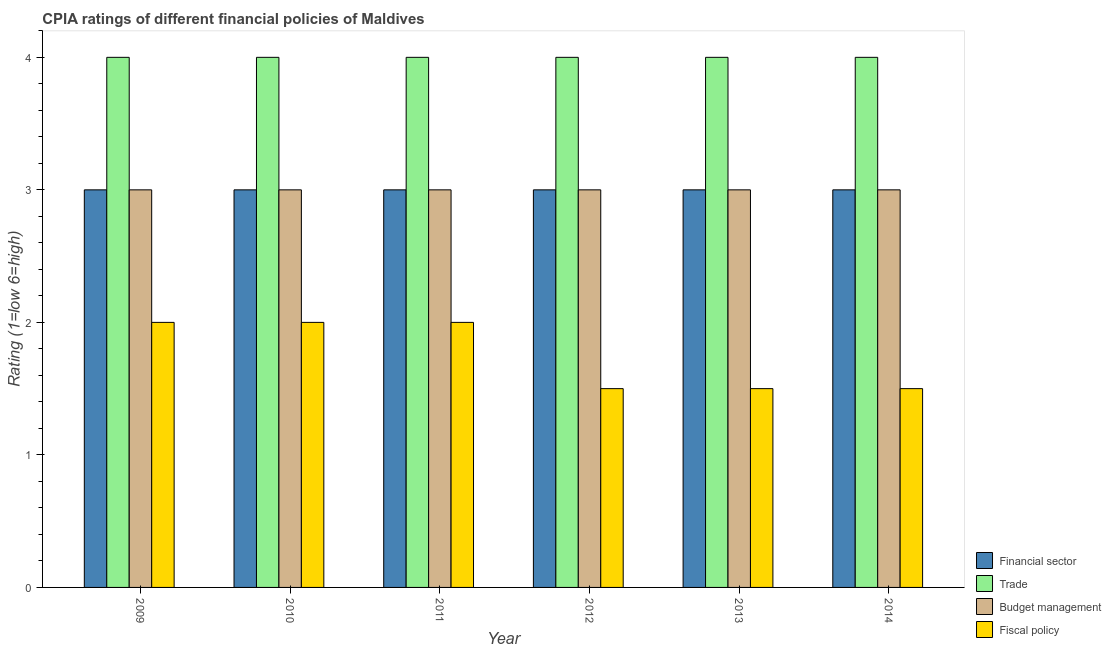
| Year | Financial sector | Trade | Budget management | Fiscal policy |
 | --- | --- | --- | --- | --- |
 | 2009 | 3 | 4 | 3 | 2 |
 | 2010 | 3 | 4 | 3 | 2 |
 | 2011 | 3 | 4 | 3 | 2 |
 | 2012 | 3 | 4 | 3 | 1.5 |
 | 2013 | 3 | 4 | 3 | 1.5 |
 | 2014 | 3 | 4 | 3 | 1.5 |